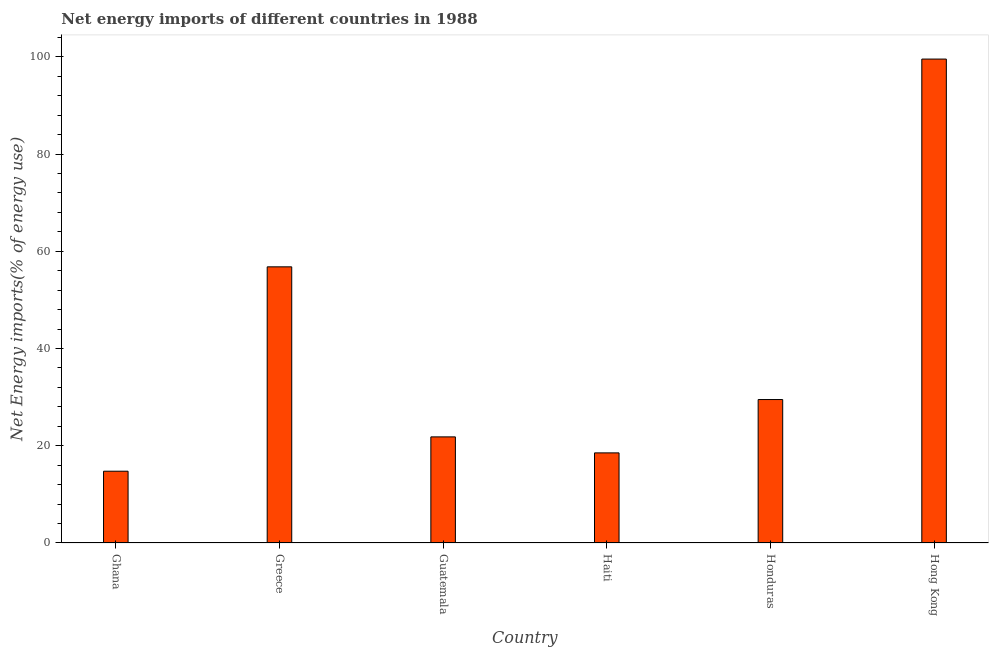
| Country | Energy imports |
 | --- | --- |
 | Ghana | 14.8 |
 | Greece | 56.8 |
 | Guatemala | 21.8 |
 | Haiti | 18.5 |
 | Honduras | 29.5 |
 | Hong Kong | 99.5 |